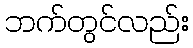
ဘက်တွင်လည်း